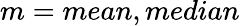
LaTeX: m={mean,median}